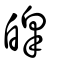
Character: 皞